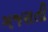
ગજરાતી